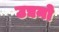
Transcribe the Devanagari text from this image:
उद्यनो